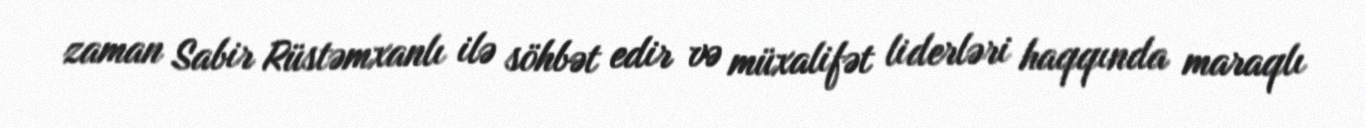
zaman Sabir Rüstəmxanlı ilə söhbət edir və müxalifət liderləri haqqında maraqlı